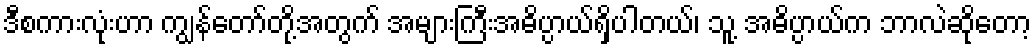
ဒီစကားလုံးဟာ ကျွန်တော်တို့အတွက် အများကြီးအဓိပ္ပာယ်ရှိပါတယ်၊ သူ့ အဓိပ္ပာယ်က ဘာလဲဆိုတော့